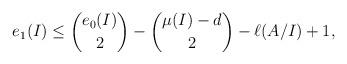
LaTeX: \begin{align*}e_1(I) \le \binom{e_0(I)}{2} - \binom{\mu (I) - d}{2} - \ell(A/I) +1,\end{align*}